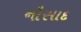
નૌસાદ